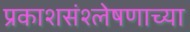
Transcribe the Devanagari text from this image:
प्रकाशसंश्लेषणाच्या